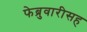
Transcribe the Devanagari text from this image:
फेब्रुवारीसह